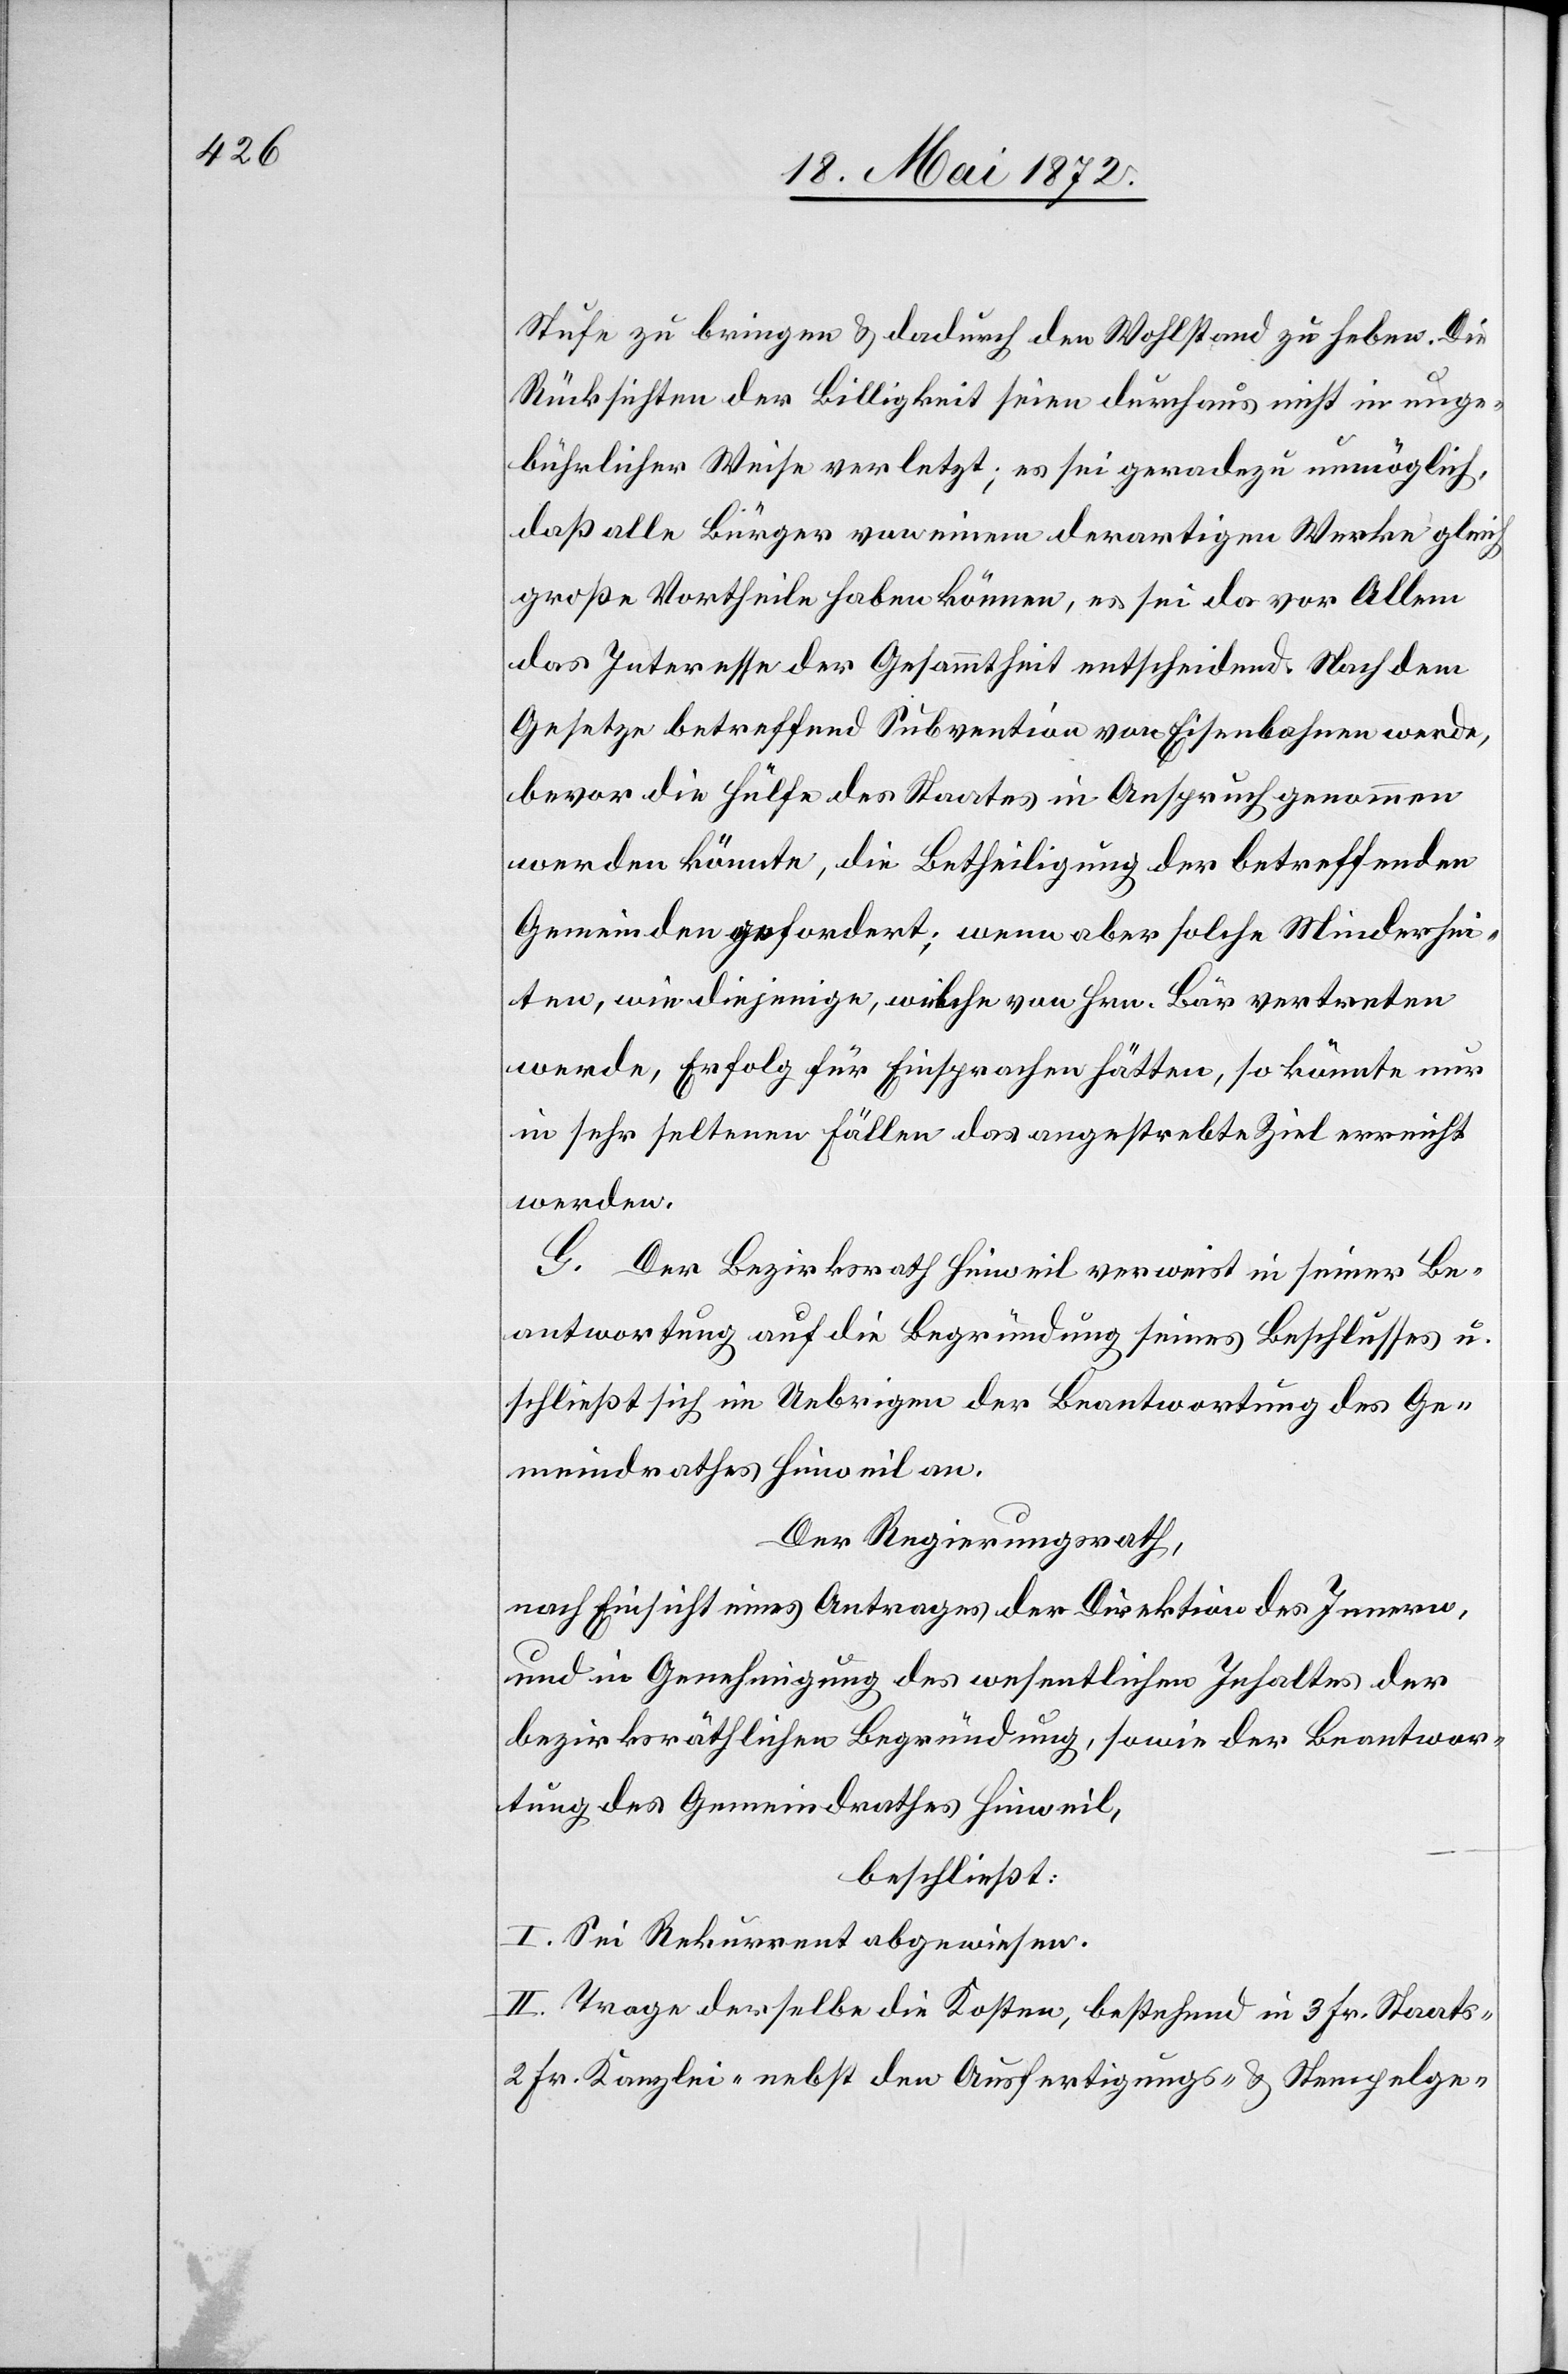
Stufe zu bringen u. dadurch den Wohlstand zu heben. Die
Rücksichten der Billigkeit seien durchaus nicht in unge¬
bührlicher Weise verletzt; es sei geradezu unmöglich,
daß alle Bürger von einem derartigen Werke gleich
große Vortheile haben können, es sei da vor Allem
das Interesse der Gesammtheit entscheidend. Nach dem
Gesetze betreffend Subvention von Eisenbahnen werde,
bevor die Hülfe des Staates in Anspruch genommen
werden könnte, die Betheiligung der betreffenden
Gemeinden gefordert; wenn aber solche Minderhei¬
ten, wie diejenige, welche von Hrn. Bär vertreten
werde, Erfolg für Einsprachen hätten, so könnte nur
in sehr seltenen Fällen das angestrebte Ziel erreicht
werden.
G. Der Bezirksrath Hinweil verweist in seiner Be¬
antwortung auf die Begründung seines Beschlusses u.
schließt sich im Uebrigen der Beantwortung des Ge¬
meindrathes Hinweil an.
Der Regierungsrath,
nach Einsicht eines Antrages der Direktion des Innern,
und in Genehmigung des wesentlichen Inhaltes der
bezirksräthlichen Begründung, sowie der Beantwor¬
tung des Gemeindrathes Hinweil,
beschließt:
I. Sei Rekurrent abgewiesen.
II. Trage derselbe die Kosten, bestehend in 3 Fr. Staats-[,]
2 Fr. Kanzlei-[,] nebst den Ausfertigungs- u. Stempelge-